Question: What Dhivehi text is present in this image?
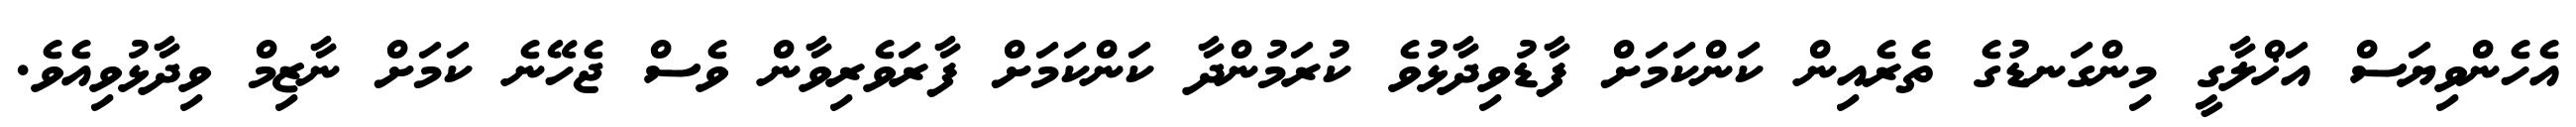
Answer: އެހެންވިޔަސް އަޚްލާގީ މިންގަނޑުގެ ތެރެއިން ކަންކަމަށް ފާޑުވިދާޅުވެ ކުރަމުންދާ ކަންކަމަށް ފާރަވެރިވާން ވެސް ޖެހޭނެ ކަމަށް ނާޒިމް ވިދާޅުވިއެވެ.